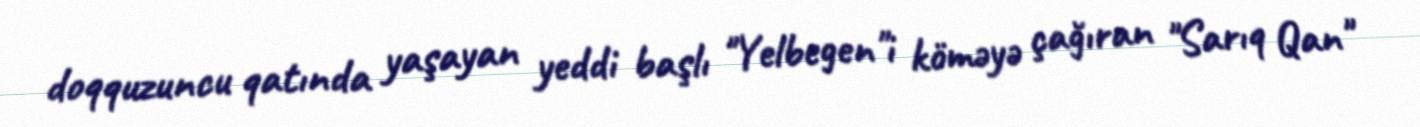
doqquzuncu qatında yaşayan yeddi başlı "Yelbegen"i köməyə çağıran "Sarıq Qan"